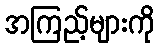
အကြည့်များကို